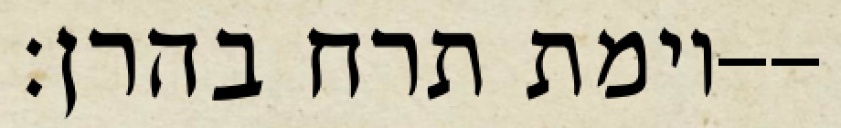
וימת תרח בהרן׃--